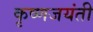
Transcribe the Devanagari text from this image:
कृष्णजयंती